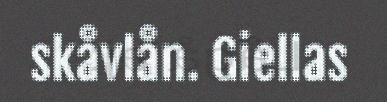
skåvlån. Giellas